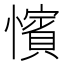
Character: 𢣐